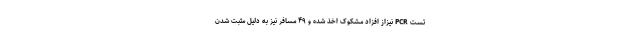
تست PCR نیزاز افزاد مشکوک اخذ شده و ۴۹ مسافر نیز به دلیل مثبت شدن